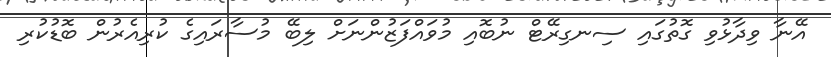
އޭނާ ވިދާޅުވި ގޮތުގައި ސިނގިރޭޓް ނުބޮއި މުވައްފަޒުންނަށް ލިބޭ މުސާރައިގެ ކުރިއެރުން ބޮޑުކުރި